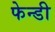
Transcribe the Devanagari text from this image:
फेन्डी